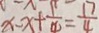
x - x + \frac { 1 } { 4 } = \frac { 1 7 } { 4 }